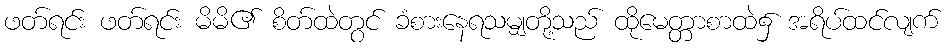
ဖတ်ရင်း ဖတ်ရင်း မိမိ၏ စိတ်ထဲတွင် ခံစားနေရသမျှတို့သည် ထိုမေတ္တာစာထဲ၌ အရိပ်ထင်လျက်